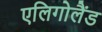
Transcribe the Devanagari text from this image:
एलिगोलैंड